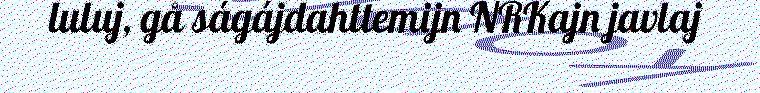
luluj, gå ságájdahttemijn NRKajn javlaj